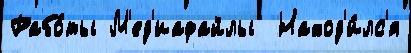
Рабо́ты М'ед'иафайлы  Наход'и́лс'я